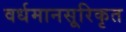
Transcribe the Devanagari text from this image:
वर्धमानसूरिकृत